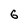
Character: G